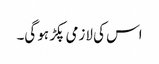
اس کی لازمی پکڑ ہو گی۔